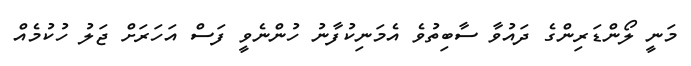
މަނީ ލޯންޑަރިންގެ ދައުވާ ސާބިތުވެ އެމަނިކުފާނު ހުންނެވީ ފަސް އަހަަރަށް ޖަލު ހުކުމެއް